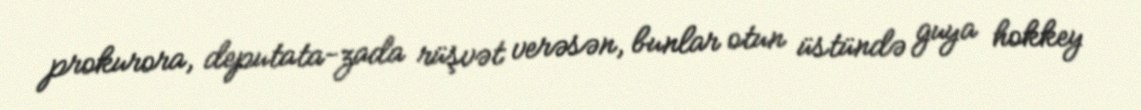
prokurora, deputata-zada rüşvət verəsən, bunlar otun üstündə guya hokkey